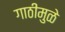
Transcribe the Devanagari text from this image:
गाठीमुळे